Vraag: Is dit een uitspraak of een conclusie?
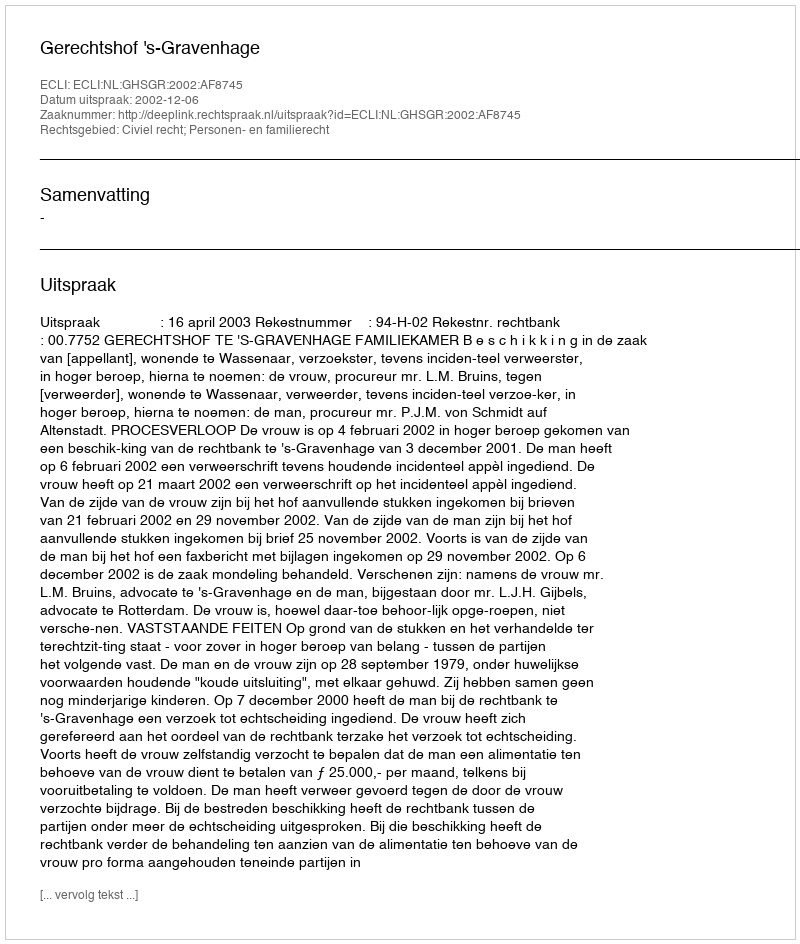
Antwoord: Uitspraak